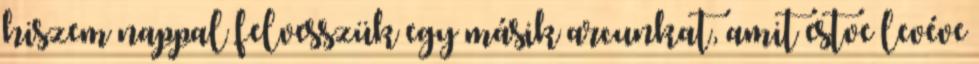
hiszem nappal felvesszük egy másik arcunkat, amit estve levéve